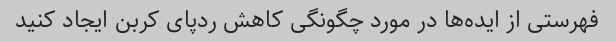
فهرستی از ایده‌ها در مورد چگونگی کاهش ردپای کربن ایجاد کنید